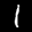
Label: 1